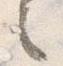
之